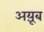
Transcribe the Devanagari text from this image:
अय़ूब